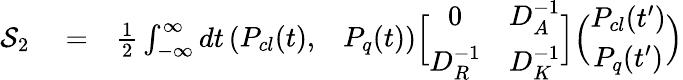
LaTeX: \begin{array}{rlr}{{\cal S}_{2}}&{{}=}&{\frac{1}{2}\int_{-\infty}^{\infty}{dt}\left({\begin{array}{cc}{P_{cl}(t),}&{P_{q}(t)}\end{array}}\right)\Bigl[{\begin{array}{cc}{0}&{D_{A}^{-1}}\\ {D_{R}^{-1}}&{D_{K}^{-1}}\end{array}}\Bigr]\Big({\begin{array}{c}{P_{cl}(t^{\prime})}\\ {P_{q}(t^{\prime})}\end{array}}\Big)}\end{array}